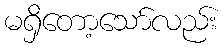
မရှိတော့သော်လည်း